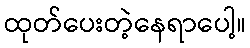
ထုတ်ပေးတဲ့နေရာပေါ့။